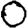
Digit: 0